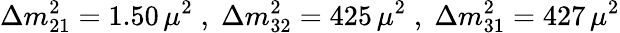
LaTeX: \Delta m_{21}^{2}=1.50\, \mu^{2}\; ,\; \Delta m_{32}^{2}=425\, \mu^{2}\; ,\; \Delta m_{31}^{2}=427\, \mu^{2}